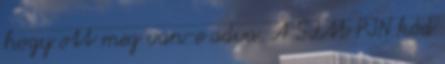
hogy ott meg van-e adva. A SIM PIN kód